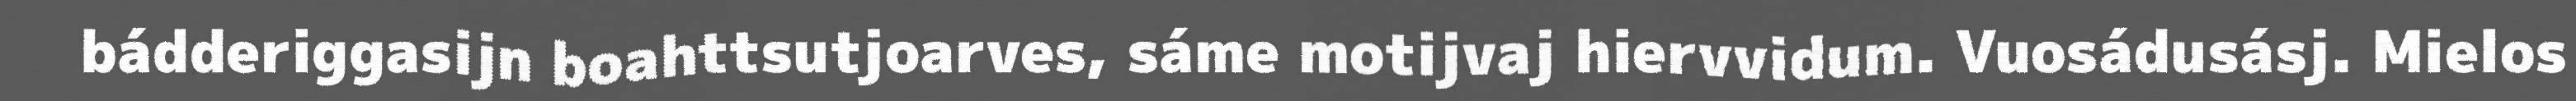
bádderiggasijn boahttsutjoarves, sáme motijvaj hiervvidum. Vuosádusásj. Mielos